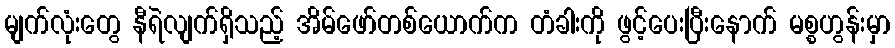
မျက်လုံးတွေ နီရဲလျက်ရှိသည့် အိမ်ဖော်တစ်ယောက်က တံခါးကို ဖွင့်ပေးပြီးနောက် မစ္စဟွန်းမှာ